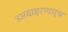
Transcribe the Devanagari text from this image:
उअदाहरणार्थ